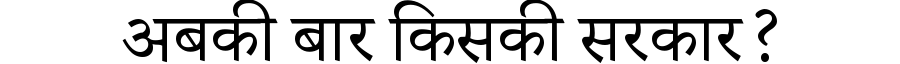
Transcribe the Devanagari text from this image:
अबकी बार किसकी सरकार?